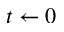
t \leftarrow 0